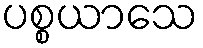
ပစ္စယာသေ